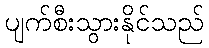
ပျက်စီးသွားနိုင်သည်